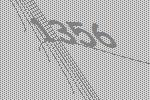
1356